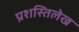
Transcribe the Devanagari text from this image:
प्रशस्तिलेख